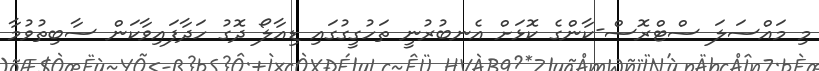
މި މައްސަލަ ސްޓްރޮސް-ކާންގެ ކޮޅަށް އެނބުރުނީ ތަހުގީގުގައި ޑިއާލޯ ދޮގު ހަދާފައިވާކަން ސާބިތުވުމާ